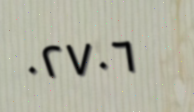
٠٢٧٠٦